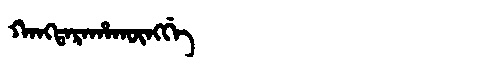
Manchu: ᡴᠠᠩᡨᠠᡵᠠᡥᠠᡴᡡᠩᡤᡝ
Romanization: KANGTARAHAKŪNGGE